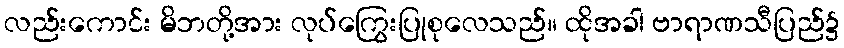
လည်းကောင်း မိဘတို့အား လုပ်ကြွေးပြုစုလေသည်။ ထိုအခါ ဗာရာဏသီပြည်၌